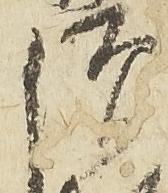
僧